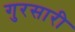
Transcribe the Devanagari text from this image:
गुरसारी